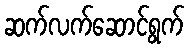
ဆက်လက်ဆောင်ရွက်